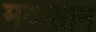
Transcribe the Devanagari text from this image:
मकसान